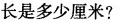
长是多少厘米?